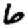
Digit: 6